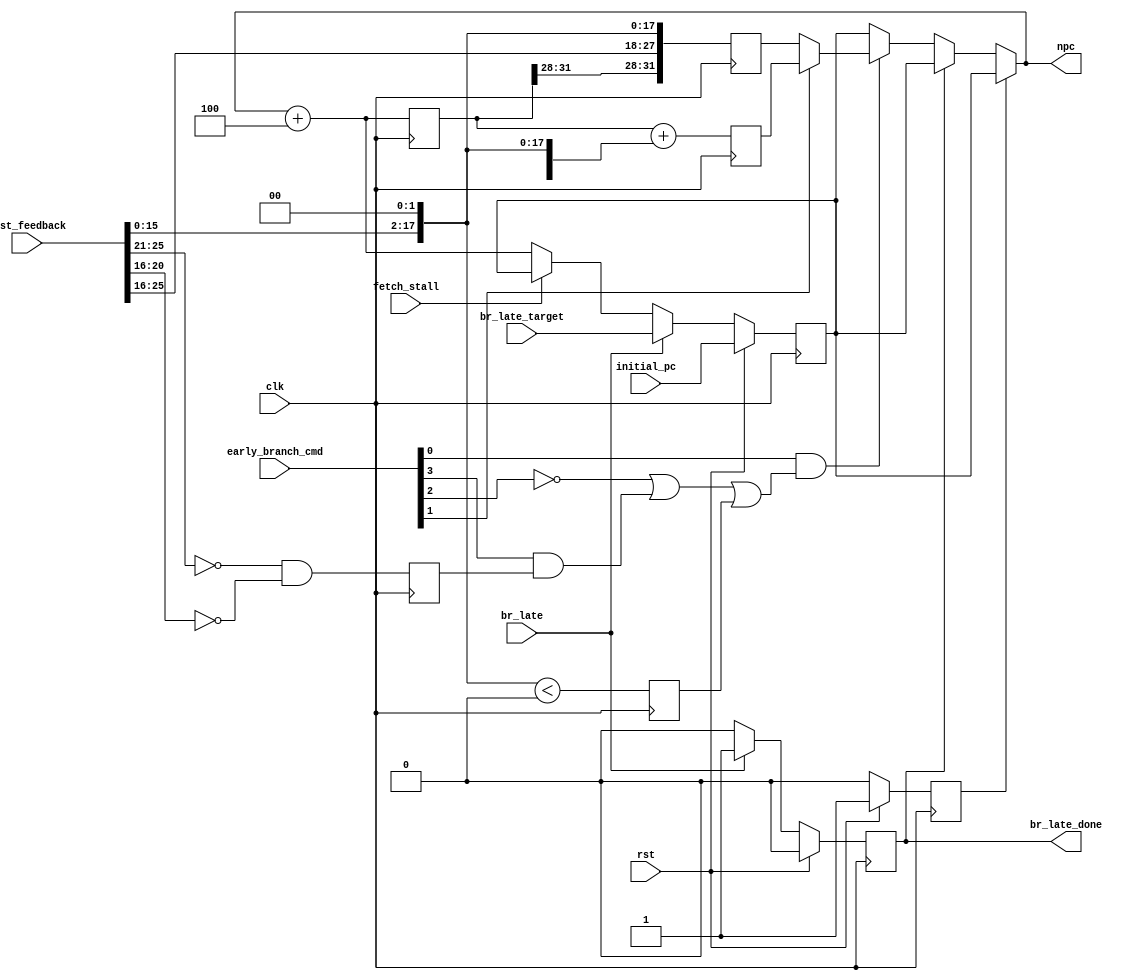
module prediction(
    clk,
    rst,

    // Instruction feedback from instruction cache/memory.
    inst_feedback,

    // Stall feedback from fetch stage.
    fetch_stall,

    // Branch request from ALU.
    br_late,
    br_late_target,

    // Early branch command.
    early_branch_cmd,

    // Initial PC.
    initial_pc,

    // PC output for Fetch stage.
    npc,

    // High when the previous br_late is applied.
    br_late_done
);

input wire clk, rst;
input wire [31:0] inst_feedback;
input wire fetch_stall;
input wire br_late;
input wire [31:0] br_late_target;

// Visible AFTER FF logic.
input wire [3:0] early_branch_cmd;
wire early_branch, early_branch_rel, early_branch_if_backward, early_branch_beq;
assign early_branch = early_branch_cmd[0];
assign early_branch_rel = early_branch_cmd[1];
assign early_branch_if_backward = early_branch_cmd[2];
assign early_branch_beq = early_branch_cmd[3];

input wire [31:0] initial_pc;

output wire [31:0] npc;
output reg br_late_done;

reg [31:0] pc;

// Address of the branch delay slot of `npc`. Aligned with DECODE stage.
reg [31:0] npc_delay_slot;

`ifdef CONFIG_NO_DELAY_SLOT
always @ (posedge clk) npc_delay_slot <= npc;
`else
always @ (posedge clk) npc_delay_slot <= npc + 4;
`endif

// Relative offset. Visible BEFORE FF logic.
wire [31:0] rel_offset;
assign rel_offset = {{14{inst_feedback[15]}}, inst_feedback[15:0], 2'b0};

// Rs & Rt indices. Visible BEFORE FF logic.
wire [4:0] rs_index, rt_index;
assign rs_index = inst_feedback[25:21];
assign rt_index = inst_feedback[20:16];

// Possible early branch targets. Calculated by FF logic.
reg [31:0] early_branch_target_abs;
reg [31:0] early_branch_target_rel;

// Whether relative offset is less than zero. Calculated by FF logic.
reg rel_offset_is_backward;

// Whether `rs_index == rt_index == 0`. Calculated by FF logic.
reg rs_rt_both_zero;

// Selected early branch target. Visible AFTER FF logic.
wire [31:0] early_branch_target;
assign early_branch_target = early_branch_rel ? early_branch_target_rel : early_branch_target_abs;

// Caculated early branch decision. AFTER FF logic.
wire apply_early_branch;
assign apply_early_branch =
    early_branch &
        (
            !early_branch_if_backward || // unconditional or predicted likely
            (early_branch_beq & rs_rt_both_zero) || // `beq` special case: `b`
            rel_offset_is_backward // backward branches are predicted taken.
        );

// Whether this is the first cycle after reset;
reg first_cycle;

// Combinational forward from DECODE stage.
// Visible AFTER FF logic.
assign npc =
    // Break dependency cycle.
    first_cycle ? pc :
    // ALU branch applied by FF logic. Highest priority.
    br_late_done ? pc :
    // Early branch applied.
    apply_early_branch ? early_branch_target :
    // Direct FF logic output
    pc;

always @ (posedge clk) begin
    // Pre-calculate data for comb logic.
    early_branch_target_abs <= {npc_delay_slot[31:28], inst_feedback[25:0], 2'b0};
    early_branch_target_rel <= npc_delay_slot + rel_offset;
    rel_offset_is_backward <= $signed(rel_offset) < $signed(0);
    rs_rt_both_zero <= rs_index == 0 && rt_index == 0;
end

always @ (posedge clk) begin
    if(rst) begin
        pc <= initial_pc;
        br_late_done <= 0;
        first_cycle <= 1;
    end else begin
        br_late_done <= 0;
        first_cycle <= 0;

        if(br_late) begin
            pc <= br_late_target;
            br_late_done <= 1;
        end else if(!fetch_stall)
            // Only move PC forward if we are not in a fetch stall.
            pc <= npc + 4;
    end
end

endmodule